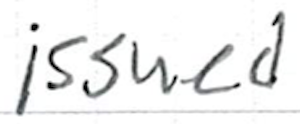
Text: issued
Cross-out: clean
Writing tool: ballpoint